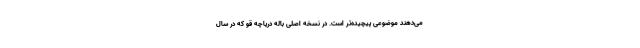
می‌دهند موضوعی پیچیده‌تر است. در نسخه اصلی باله دریاچه قو که در سال